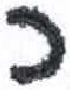
אות: כ